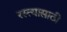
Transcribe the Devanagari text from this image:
रस्त्यासाठी